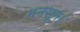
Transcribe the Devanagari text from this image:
मनसून।